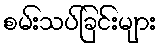
စမ်းသပ်ခြင်းများ